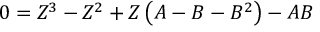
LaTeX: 0 = Z ^ { 3 } - Z ^ { 2 } + Z \left( A - B - B ^ { 2 } \right) - A B